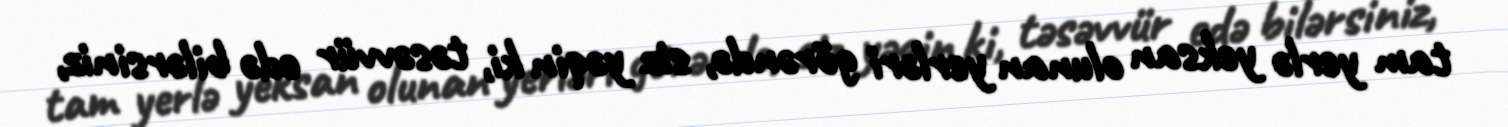
tam yerlə yeksan olunan yerləri görəndə, siz yəqin ki, təsəvvür edə bilərsiniz,